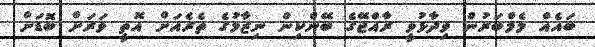
ބައެއް މެމްބަރުން ވިދާޅުވީ ރާއްޖޭގެ ބޭންކިން ނިޒާމުގެ ތެރެއަށް އޮތީ ވަރަށް ބޮޑަށް